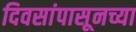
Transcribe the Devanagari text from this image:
दिवसांपासूनच्या